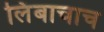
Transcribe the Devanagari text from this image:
लिंबाचाच